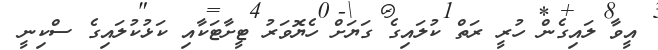
އީވާ ލައިގެން ހުރީ ރަތް ކުލައިގެ ގަޔަށް ހެޔޮވަރު ޓީށާޓަކާއި ކަޅުކުލައިގެ ސްކިނީ